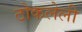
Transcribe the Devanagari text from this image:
ठोकलेली